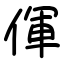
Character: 㑮